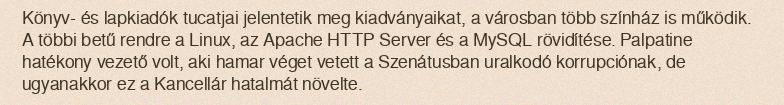
Könyv- és lapkiadók tucatjai jelentetik meg kiadványaikat, a városban több színház is működik. A többi betű rendre a Linux, az Apache HTTP Server és a MySQL rövidítése. Palpatine hatékony vezető volt, aki hamar véget vetett a Szenátusban uralkodó korrupciónak, de ugyanakkor ez a Kancellár hatalmát növelte.